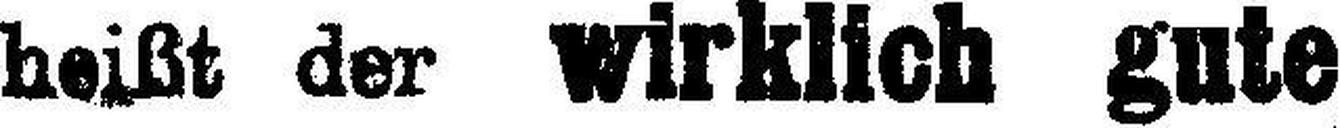
heißt der wirklich gute